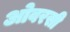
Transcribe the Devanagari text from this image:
ओवरसी